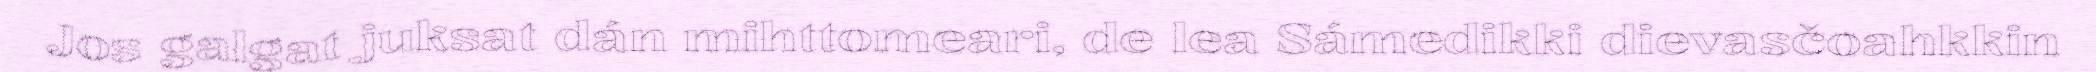
Jos galgat juksat dán mihttomeari, de lea Sámedikki dievasčoahkkin